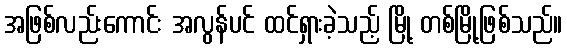
အဖြစ်လည်းကောင်း အလွန်ပင် ထင်ရှားခဲ့သည့် မြို့ တစ်မြို့ဖြစ်သည်။